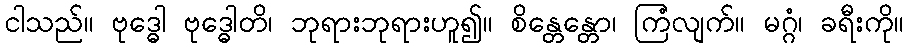
ငါသည်။ ဗုဒ္ဓေါ ဗုဒ္ဓေါတိ၊ ဘုရားဘုရားဟူ၍။ စိန္တေန္တော၊ ကြံလျက်။ မဂ္ဂံ၊ ခရီးကို။